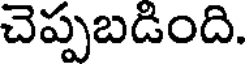
చెప్పబడింది.